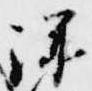
深